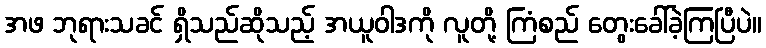
အဖ ဘုရားသခင် ရှိသည်ဆိုသည့် အယူဝါဒကို လူတို့ ကြံစည် တွေးခေါ်ခဲ့ကြပြီပဲ။